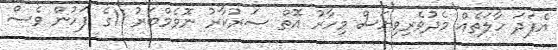
އެފަދަ ހާލަތެއް މެދުވެރިވިޔަސް މިހާރު އޮތް ސަރުކާރު ނޮވެމްބަރު 11ގެ ފަހުން ވެސް